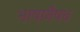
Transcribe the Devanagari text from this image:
भाषानैषध